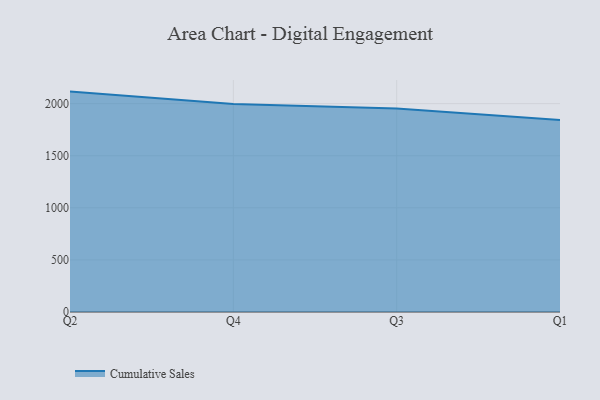
{"axis": {"x": "Quarter", "y": "Production Output"}, "legend": ["Cumulative Sales"], "data": [{"x": "Q2", "y": 2115.4, "type": "Cumulative Sales"}, {"x": "Q4", "y": 1997.1, "type": "Cumulative Sales"}, {"x": "Q3", "y": 1952.7, "type": "Cumulative Sales"}, {"x": "Q1", "y": 1842.9, "type": "Cumulative Sales"}]}